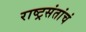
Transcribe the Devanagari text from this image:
राष्ट्रसंतांचं